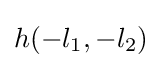
h(-l_{1},-l_{2})